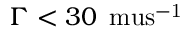
\Gamma < 3 0 \, \mathrm { \ m u s ^ { - 1 } }